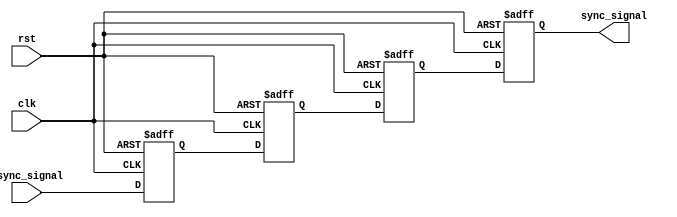
module cascade_synchronizer (
    input wire clk,
    input wire rst,
    input wire async_signal,
    output reg sync_signal
);

reg [3:0] ff1, ff2, ff3, ff4;

always @(posedge clk or posedge rst) begin
    if (rst) begin
        ff1 <= 1'b0;
        ff2 <= 1'b0;
        ff3 <= 1'b0;
        ff4 <= 1'b0;
    end else begin
        ff1 <= async_signal;
        ff2 <= ff1;
        ff3 <= ff2;
        ff4 <= ff3;
    end
end

assign sync_signal = ff4;

endmodule